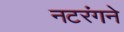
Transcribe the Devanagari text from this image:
नटरंगने